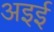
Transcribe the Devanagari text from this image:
अइई